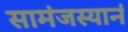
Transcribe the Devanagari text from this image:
सामंजस्यानं